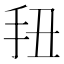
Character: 𭠖